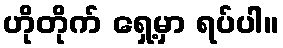
ဟိုတိုက် ရှေ့မှာ ရပ်ပါ။